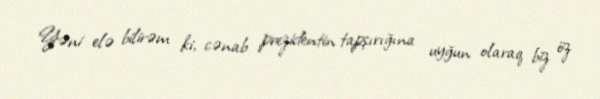
Yəni elə bilirəm ki, cənab prezidentin tapşırığına uyğun olaraq biz öz